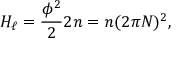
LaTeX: H _ { \ell } = \frac { \phi ^ { 2 } } { 2 } 2 n = n ( 2 \pi N ) ^ { 2 } ,